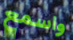
واسمع